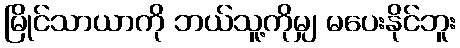
မြိုင်သာယာကို ဘယ်သူ့ကိုမျှ မပေးနိုင်ဘူး